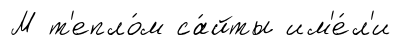
М т'епло́м са́йты им'е́л'и